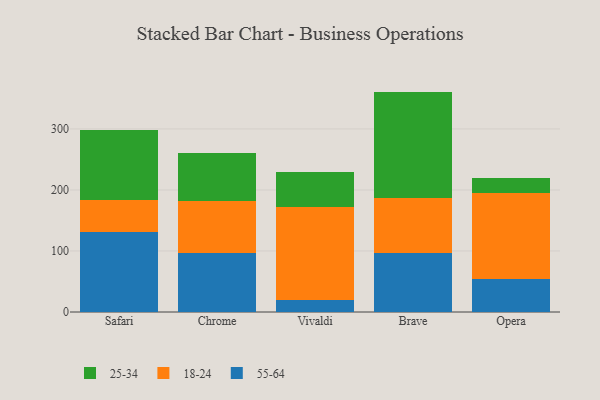
{"axis": {"x": "Browser", "y": "Demand Index"}, "legend": ["18-24", "25-34", "55-64"], "data": [{"x": "Safari", "y": 130.5, "type": "55-64"}, {"x": "Safari", "y": 52.6, "type": "18-24"}, {"x": "Safari", "y": 115.2, "type": "25-34"}, {"x": "Chrome", "y": 97.2, "type": "55-64"}, {"x": "Chrome", "y": 85.4, "type": "18-24"}, {"x": "Chrome", "y": 78.1, "type": "25-34"}, {"x": "Vivaldi", "y": 20.3, "type": "55-64"}, {"x": "Vivaldi", "y": 152.2, "type": "18-24"}, {"x": "Vivaldi", "y": 56.6, "type": "25-34"}, {"x": "Brave", "y": 96.6, "type": "55-64"}, {"x": "Brave", "y": 90.3, "type": "18-24"}, {"x": "Brave", "y": 174.3, "type": "25-34"}, {"x": "Opera", "y": 54.6, "type": "55-64"}, {"x": "Opera", "y": 140.7, "type": "18-24"}, {"x": "Opera", "y": 24.0, "type": "25-34"}]}